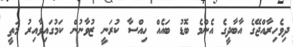
ދިވެހިރާއްޖޭގެ އާބާދީގެ އެންމެ ބޮޑު ބައެއް ހިއްސާ ކުރަނީ ޒުވާނުން ކަމުގައިވާއިރު މަތީ